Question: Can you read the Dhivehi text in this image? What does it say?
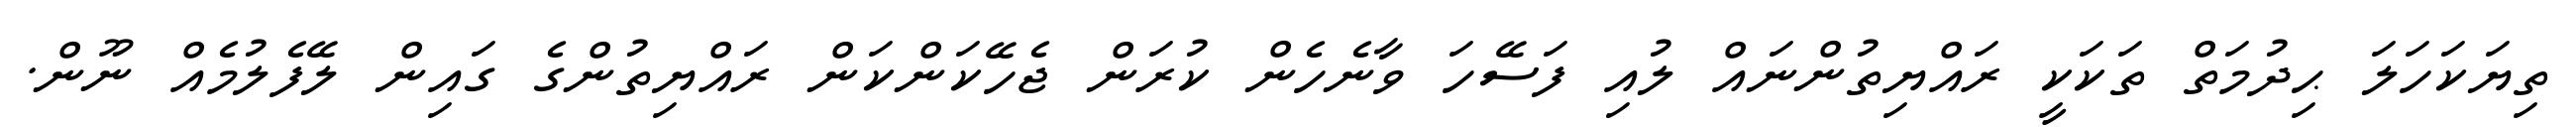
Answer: ތިޔަކަހަލަ ޙިދުމަތް ތަކަކީ ރައްޔިތުންނައް ލުއި ފަސޭހަ ވާނެހެން ކުރަން ޖެހޭކަންކަން ރައްޔިތުންގެ ގައިން ލޭފެލުމެއް ނޫން.